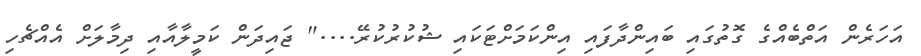
އަހަރެން އަތްބެއްގެ ގޮތުގައި ބައިންދާފައި އިންކަމަށްޓަކައި ޝުކުރުކުރޭ...." ޖައިދަން ކަމީލާއާއި ދިމާލަށް އެއްޗެހި